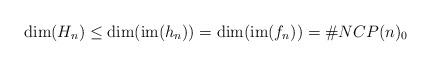
LaTeX: \begin{align*}\mathrm{dim}(H_n) \leq \mathrm{dim}(\mathrm{im}(h_n)) = \mathrm{dim}(\mathrm{im}(f_n)) = \#NCP(n)_0\end{align*}